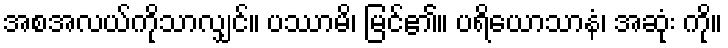
အစအလယ်ကိုသာလျှင်။ ပဿာမိ၊ မြင်၏။ ပရိယောသာနံ၊ အဆုံး ကို။